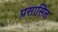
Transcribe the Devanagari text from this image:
प्रसासित